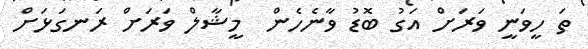
ތަ ހީވަނީ ވަރަށް އަގު ބޮޑު ވާނެހެން  މީޝާލް ވަރަށް ރަނގަޅަށް